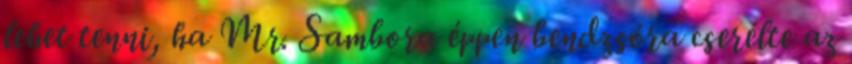
lehet tenni, ha Mr. Sambora éppen bendzsóra cserélte az